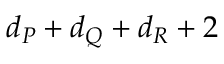
d _ { P } + d _ { Q } + d _ { R } + 2